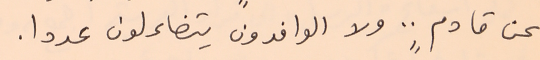
عن قادمٍ .. ولا الوافدون يتضائلون عددا.